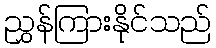
ညွှန်ကြားနိုင်သည်